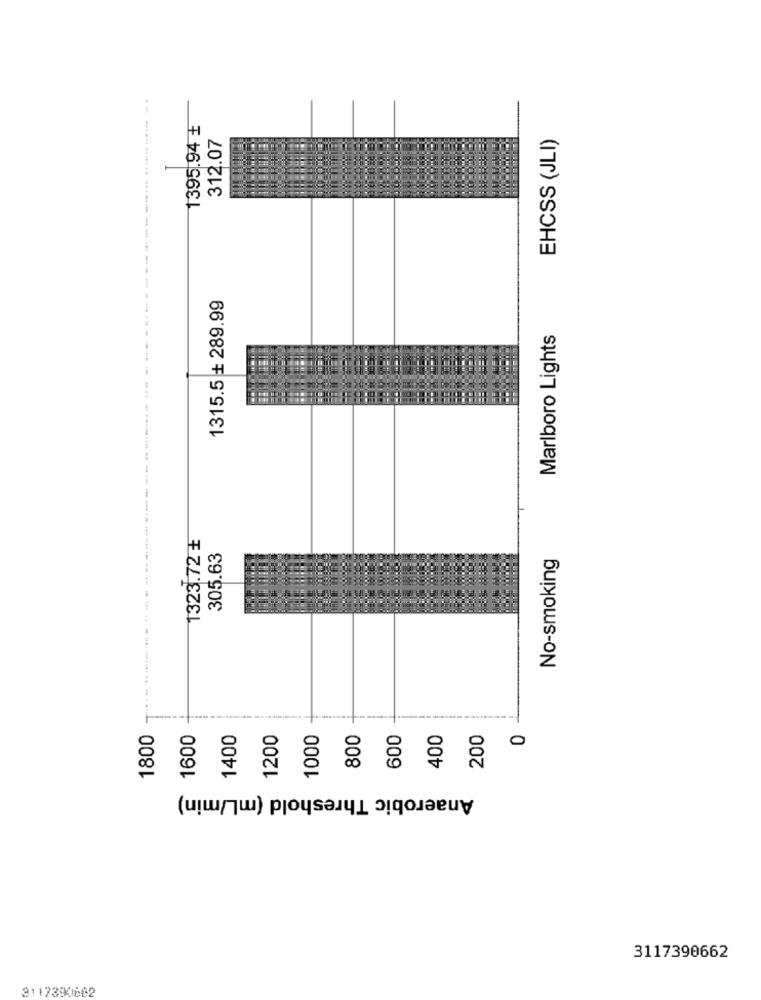
1395.94 £
312.07
EHCSS (JLI)
1315.5 + 289.99
Marlboro Lights
1323.72 £
305.63
No-smoking
1800
1600
1400
1200
1000
800
600
400
200
0
Anaerobic Threshold (mL/min)
3117390662
3117390882